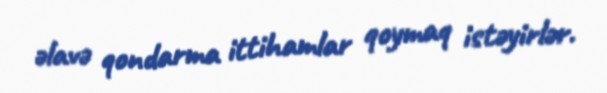
əlavə qondarma ittihamlar qoymaq istəyirlər.